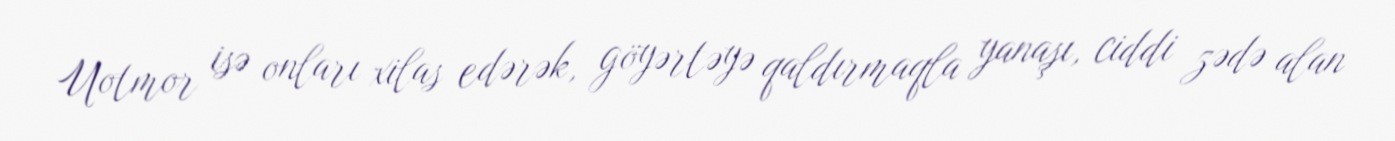
Uotmor isə onları xilas edərək, göyərtəyə qaldırmaqla yanaşı, ciddi zədə alan